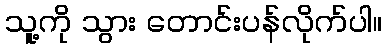
သူ့ကို သွား တောင်းပန်လိုက်ပါ။